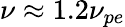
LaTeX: \nu\approx 1.2\nu_{pe}